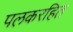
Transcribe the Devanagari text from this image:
पलकरहित